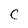
Character: C